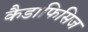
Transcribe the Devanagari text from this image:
कैडाफिसिज